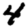
Digit: 4